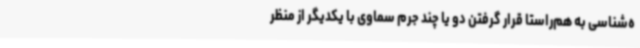
ه‌شناسی به هم‌راستا قرار گرفتن دو یا چند جرم سماوی با یکدیگر از منظر